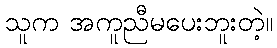
သူက အကူညီမပေးဘူးတဲ့။